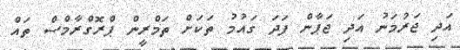
އަދި ޖަރުމަނު އަދި ޖަޕާން ފަދަ ގައުމު ތަކަށް ތަމްރީން ޕްރޮގްރާމްސް ތައް